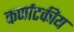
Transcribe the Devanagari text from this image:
कर्णाटकीय